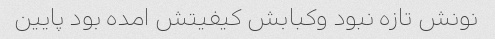
نونش تازه نبود وکبابش کیفیتش امده بود پایین